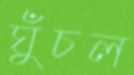
ঘুঁচল